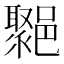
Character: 𨞮